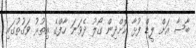
ބާސާ އަށް ލީޑް ފުޅާ ކޮށްދިން ގޯލު ދެވަނަ ހާފްގެ އިތުރު ވަގުތުގައި